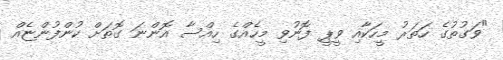
"ވަގުތުގެ ހަތަރު މީހަކާއި ވީޕީ ފޮނުވި މީހެއްގެ ހިއްސާ އޮންނަ ގޮތަށް ކުންފުންޏެއް